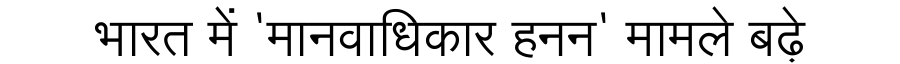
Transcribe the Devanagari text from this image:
भारत में 'मानवाधिकार हनन' मामले बढ़े